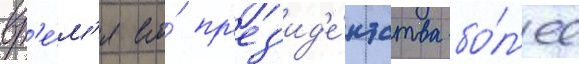
вр'е́м'я его́ пр'ез'ид'е́нтства бо́л'ее